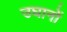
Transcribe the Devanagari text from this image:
उघानों